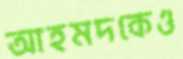
আহমদকেও